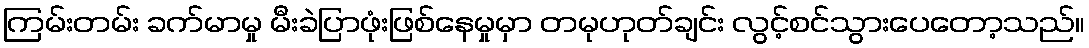
ကြမ်းတမ်း ခက်မာမှု မီးခဲပြာဖုံးဖြစ်နေမှုမှာ တမုဟုတ်ချင်း လွင့်စင်သွားပေတော့သည်။